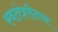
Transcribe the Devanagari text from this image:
स्वतंत्ररीतया